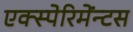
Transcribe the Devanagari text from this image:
एक्स्पेरिमेंन्टस